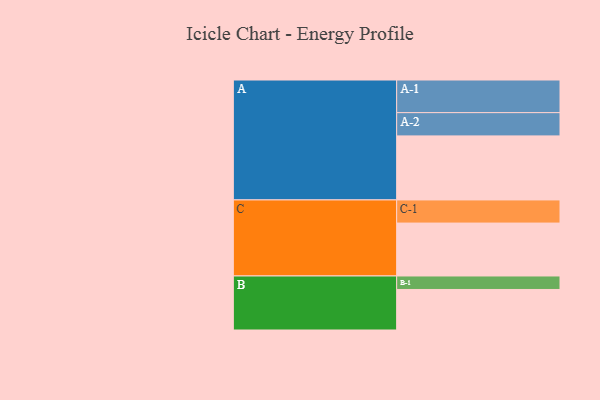
{"axis": {"x": "Segment", "y": "Value"}, "legend": ["", "A", "B", "C"], "data": [{"x": "A", "y": 512, "type": ""}, {"x": "B", "y": 324, "type": ""}, {"x": "C", "y": 423, "type": ""}, {"x": "A-1", "y": 261, "type": "A"}, {"x": "A-2", "y": 186, "type": "A"}, {"x": "B-1", "y": 108, "type": "B"}, {"x": "C-1", "y": 185, "type": "C"}]}